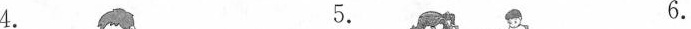
4. 5. 6.